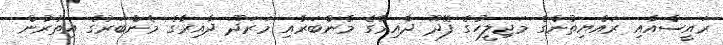
ރައީސްއާއި ރައްޔިތުންގެ މަޖިލީހުގެ ފޭދޫ ދާއިރާގެ މެންބަރާއި މަރަދޫ ދާއިރާގެ މެންބަރުގެ އިތުރުން